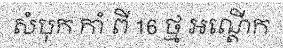
សំបុក កាំ ពី 16 ថ្ម អណ្តើក